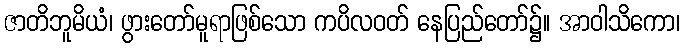
ဇာတိဘူမိယံ၊ ဖွားတော်မူရာဖြစ်သော ကပိလဝတ် နေပြည်တော်၌။ အာဝါသိကော၊